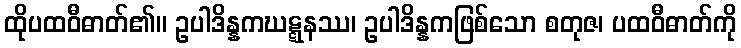
ထိုပထဝီဓာတ်၏။ ဥပါဒိန္နကဃဋ္ဋနဿ၊ ဥပါဒိန္နကဖြစ်သော စတုဇ၊ ပထဝီဓာတ်ကို